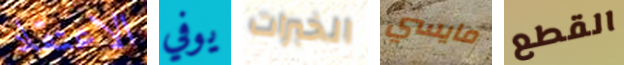
الاعتقاد يوفي الخبرات مايسي القطع